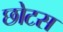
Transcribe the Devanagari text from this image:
छोटस